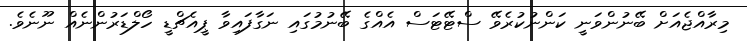
މިރާއްޖެއަށް ބޭނުންވަނީ ކަންނުކުރެވޭ ސްޓޭޓަސް އެއްގެ ބޭނުމުގައި ނަގާފައިވާ ޕީއެޗްޑީ ހޯލްޑަރުންނެއް ނޫނެވެ.